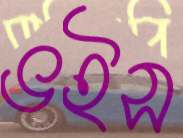
ভইস